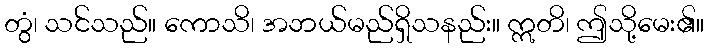
တွံ၊ သင်သည်။ ကောသိ၊ အဘယ်မည်ရှိသနည်း။ ဣတိ၊ ဤသို့မေး၏။